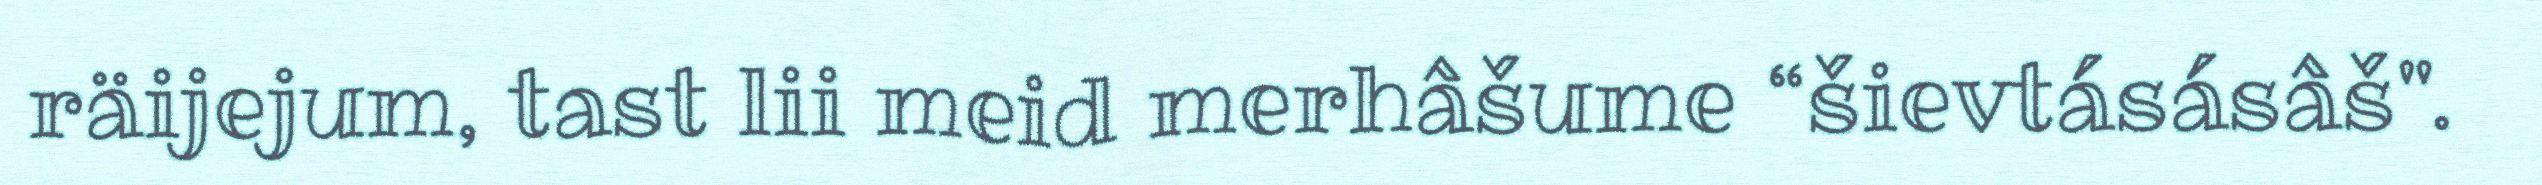
räijejum, tast lii meid merhâšume “šievtásásâš".